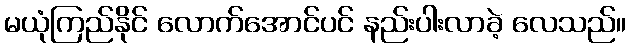
မယုံကြည်နိုင် လောက်အောင်ပင် နည်းပါးလာခဲ့ လေသည်။